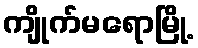
ကျိုက်မရောမြို့